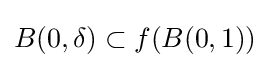
B(0,\delta )\subset f(B(0,1))